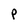
Character: P